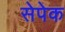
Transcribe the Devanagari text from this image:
सेपेक